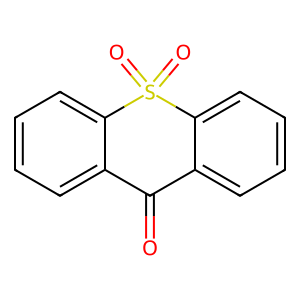
SMILES: O=C1c2ccccc2S(=O)(=O)c2ccccc21
Inhibits HIV replication: Yes